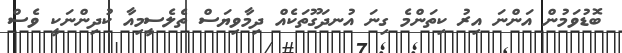
ބޮޑުވަމުން އަންނަ އިރު ކިތަންމެ ގިނަ އުނދަގޫތަކެއް ދިމާވިޔަސް ތެލެސީމިއާ ކުދިންނަކީ ވެސް